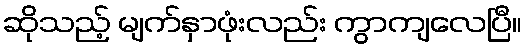
ဆိုသည့် မျက်နှာဖုံးလည်း ကွာကျလေပြီ။